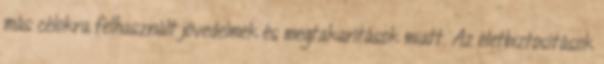
más célokra felhasznált jövedelmek és megtakarítások miatt. Az életbiztosítások